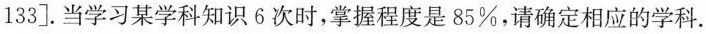
133].当学习某学科知识6次时，掌握程度是85\%，请确定相应的学科.